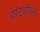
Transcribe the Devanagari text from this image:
वेस्टफील्ड